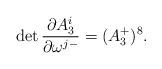
LaTeX: \begin{align*}\det {\partial A_3^i \over \partial \omega^{j -}} =(A_3^+ )^8.\end{align*}